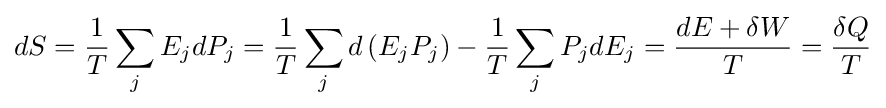
dS={\frac {1}{T}}\sum _{j}E_{j}dP_{j}={\frac {1}{T}}\sum _{j}d\left(E_{j}P_{j}\right)-{\frac {1}{T}}\sum _{j}P_{j}dE_{j}={\frac {dE+\delta W}{T}}={\frac {\delta Q}{T}}